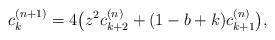
LaTeX: \begin{gather*} c_k^{(n+1)}=4\big(z^2c_{k+2}^{(n)}+(1-b+k)c_{k+1}^{(n)}\big),\end{gather*}